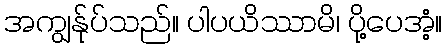
အကျွန်ုပ်သည်။ ပါပယိဿာမိ၊ ပို့ပေအံ့။